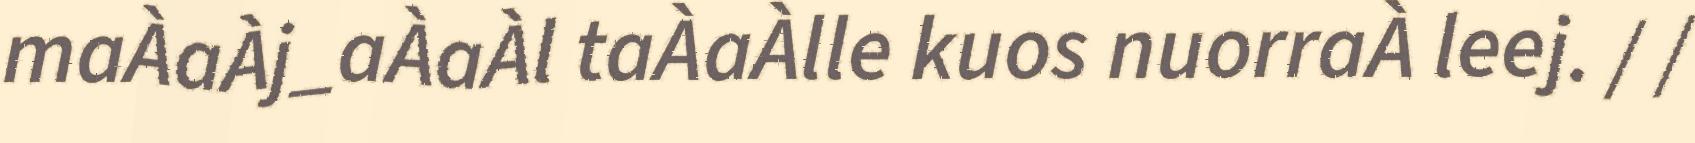
maÀaÀj_aÀaÀl taÀaÀlle kuos nuorraÀ leej. / /